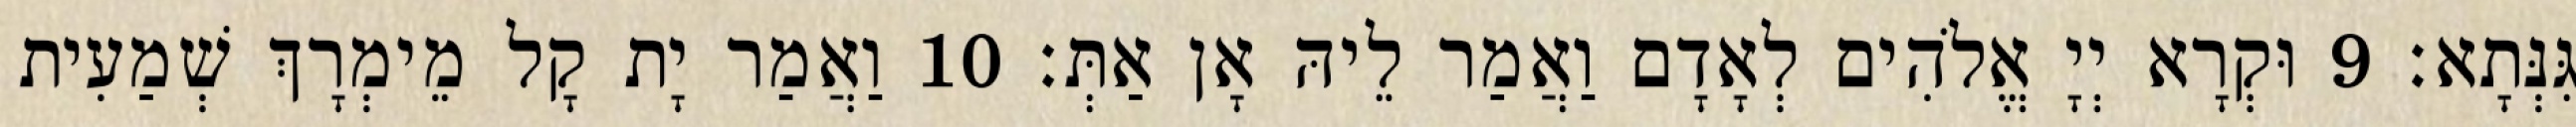
גִּנְּתָא׃ 9 וּקְרָא יְיָ אֱלֹהִים לְאָדָם וַאֲמַר לֵיהּ אָן אַתְּ׃ 10 וַאֲמַר יָת קָל מֵימְרָךְ שְׁמַעִית